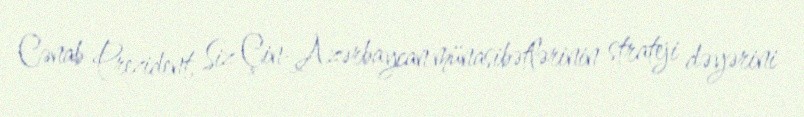
Cənab Prezident, Siz Çin-Azərbaycan münasibətlərinin strateji dəyərini